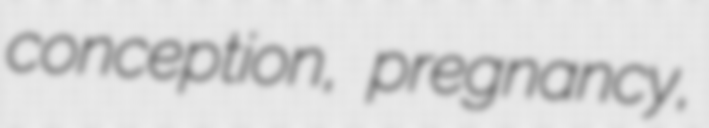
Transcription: conception, pregnancy,